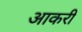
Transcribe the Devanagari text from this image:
आकरी